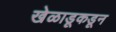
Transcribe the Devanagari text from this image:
खेळाडूकडून